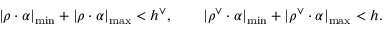
| \rho \cdot \alpha | _ { \mathrm { m i n } } + | \rho \cdot \alpha | _ { \mathrm { m a x } } < h ^ { \vee } , \qquad | \rho ^ { \vee } \cdot \alpha | _ { \mathrm { m i n } } + | \rho ^ { \vee } \cdot \alpha | _ { \mathrm { m a x } } < h .